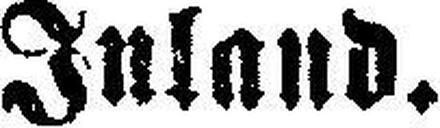
Inland.